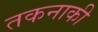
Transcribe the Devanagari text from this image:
तकनाकी